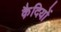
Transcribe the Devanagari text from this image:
कै़दियों